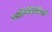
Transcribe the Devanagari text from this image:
गतिविधियॉं